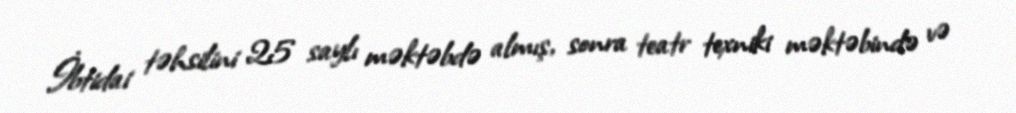
İbtidai təhsilini 25 saylı məktəbdə almış, sonra teatr texniki məktəbində və